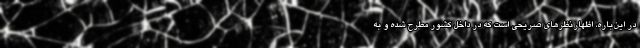
در این‌باره، اظهارنظرهای صریحی است که در داخل کشور مطرح شده و به